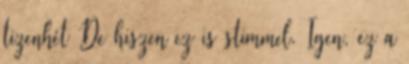
tizenhét De hiszen ez is stimmel. Igen, ez a